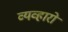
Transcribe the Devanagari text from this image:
व्यव्हारों